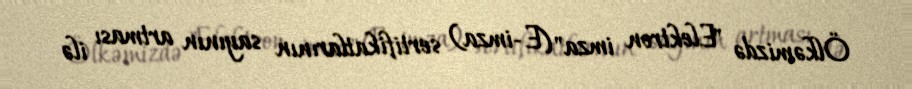
Ölkəmizdə "Elektron imza" (E-imza) sertifikatlarının sayının artması ilə